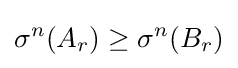
\sigma ^{n}(A_{r})\geq \sigma ^{n}(B_{r})